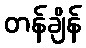
တန်ချိန်